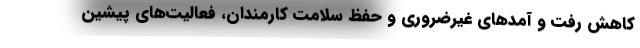
کاهش رفت و آمدهای غیرضروری و حفظ سلامت کارمندان، فعالیت‌های پیشین